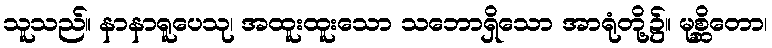
သူသည်။ နာနာရူပေသု၊ အထူးထူးသော သဘောရှိသော အာရုံတို့၌။ မုစ္ဆိတော၊